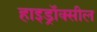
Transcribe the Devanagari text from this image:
हाइड्रॉक्सील